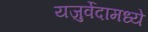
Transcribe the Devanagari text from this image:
यजुर्वेदामध्ये